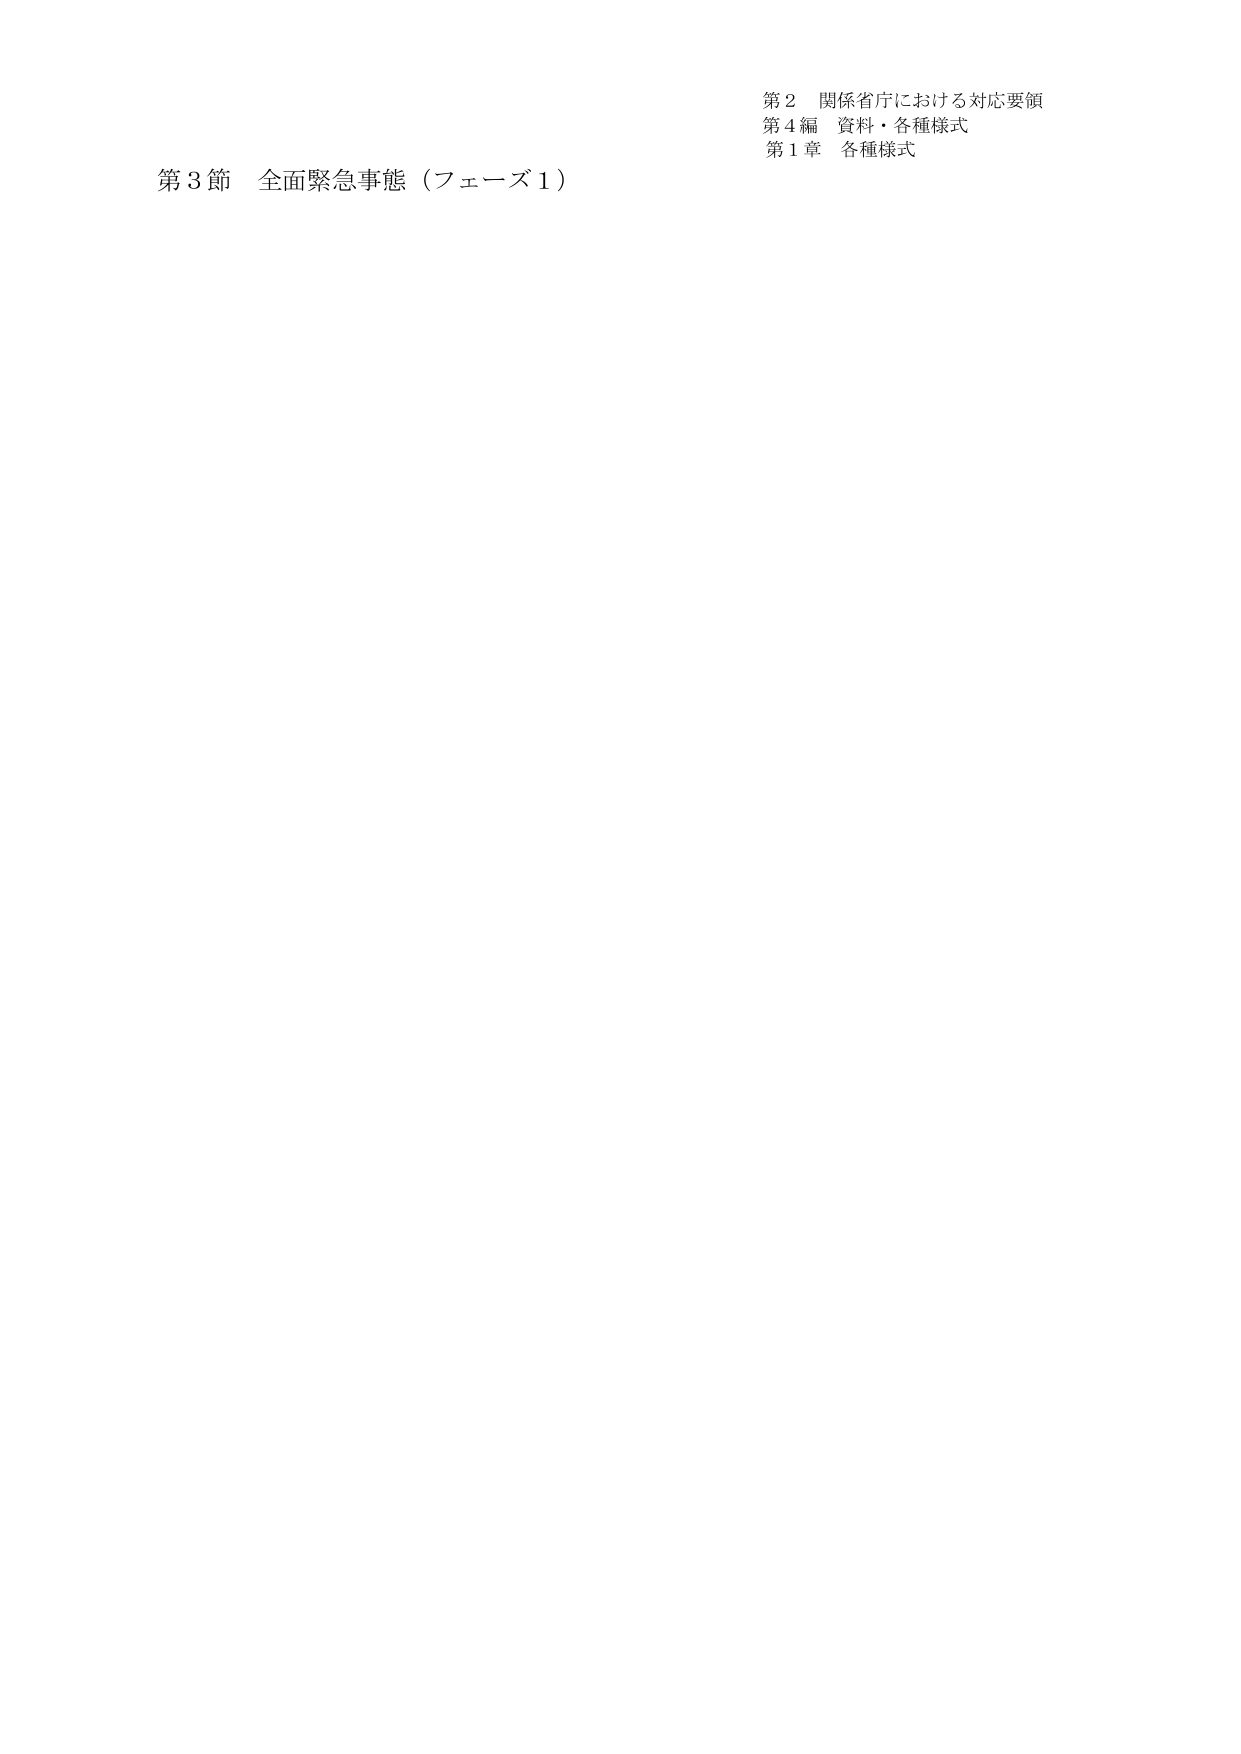
第２ 関係省庁における対応要領
第４編 資料・各種様式
第１章 各種様式

第３節 全面緊急事態（フェーズ１）